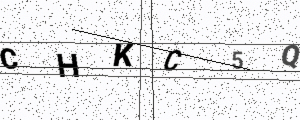
Text: CHKC5Q